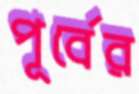
পূর্বের